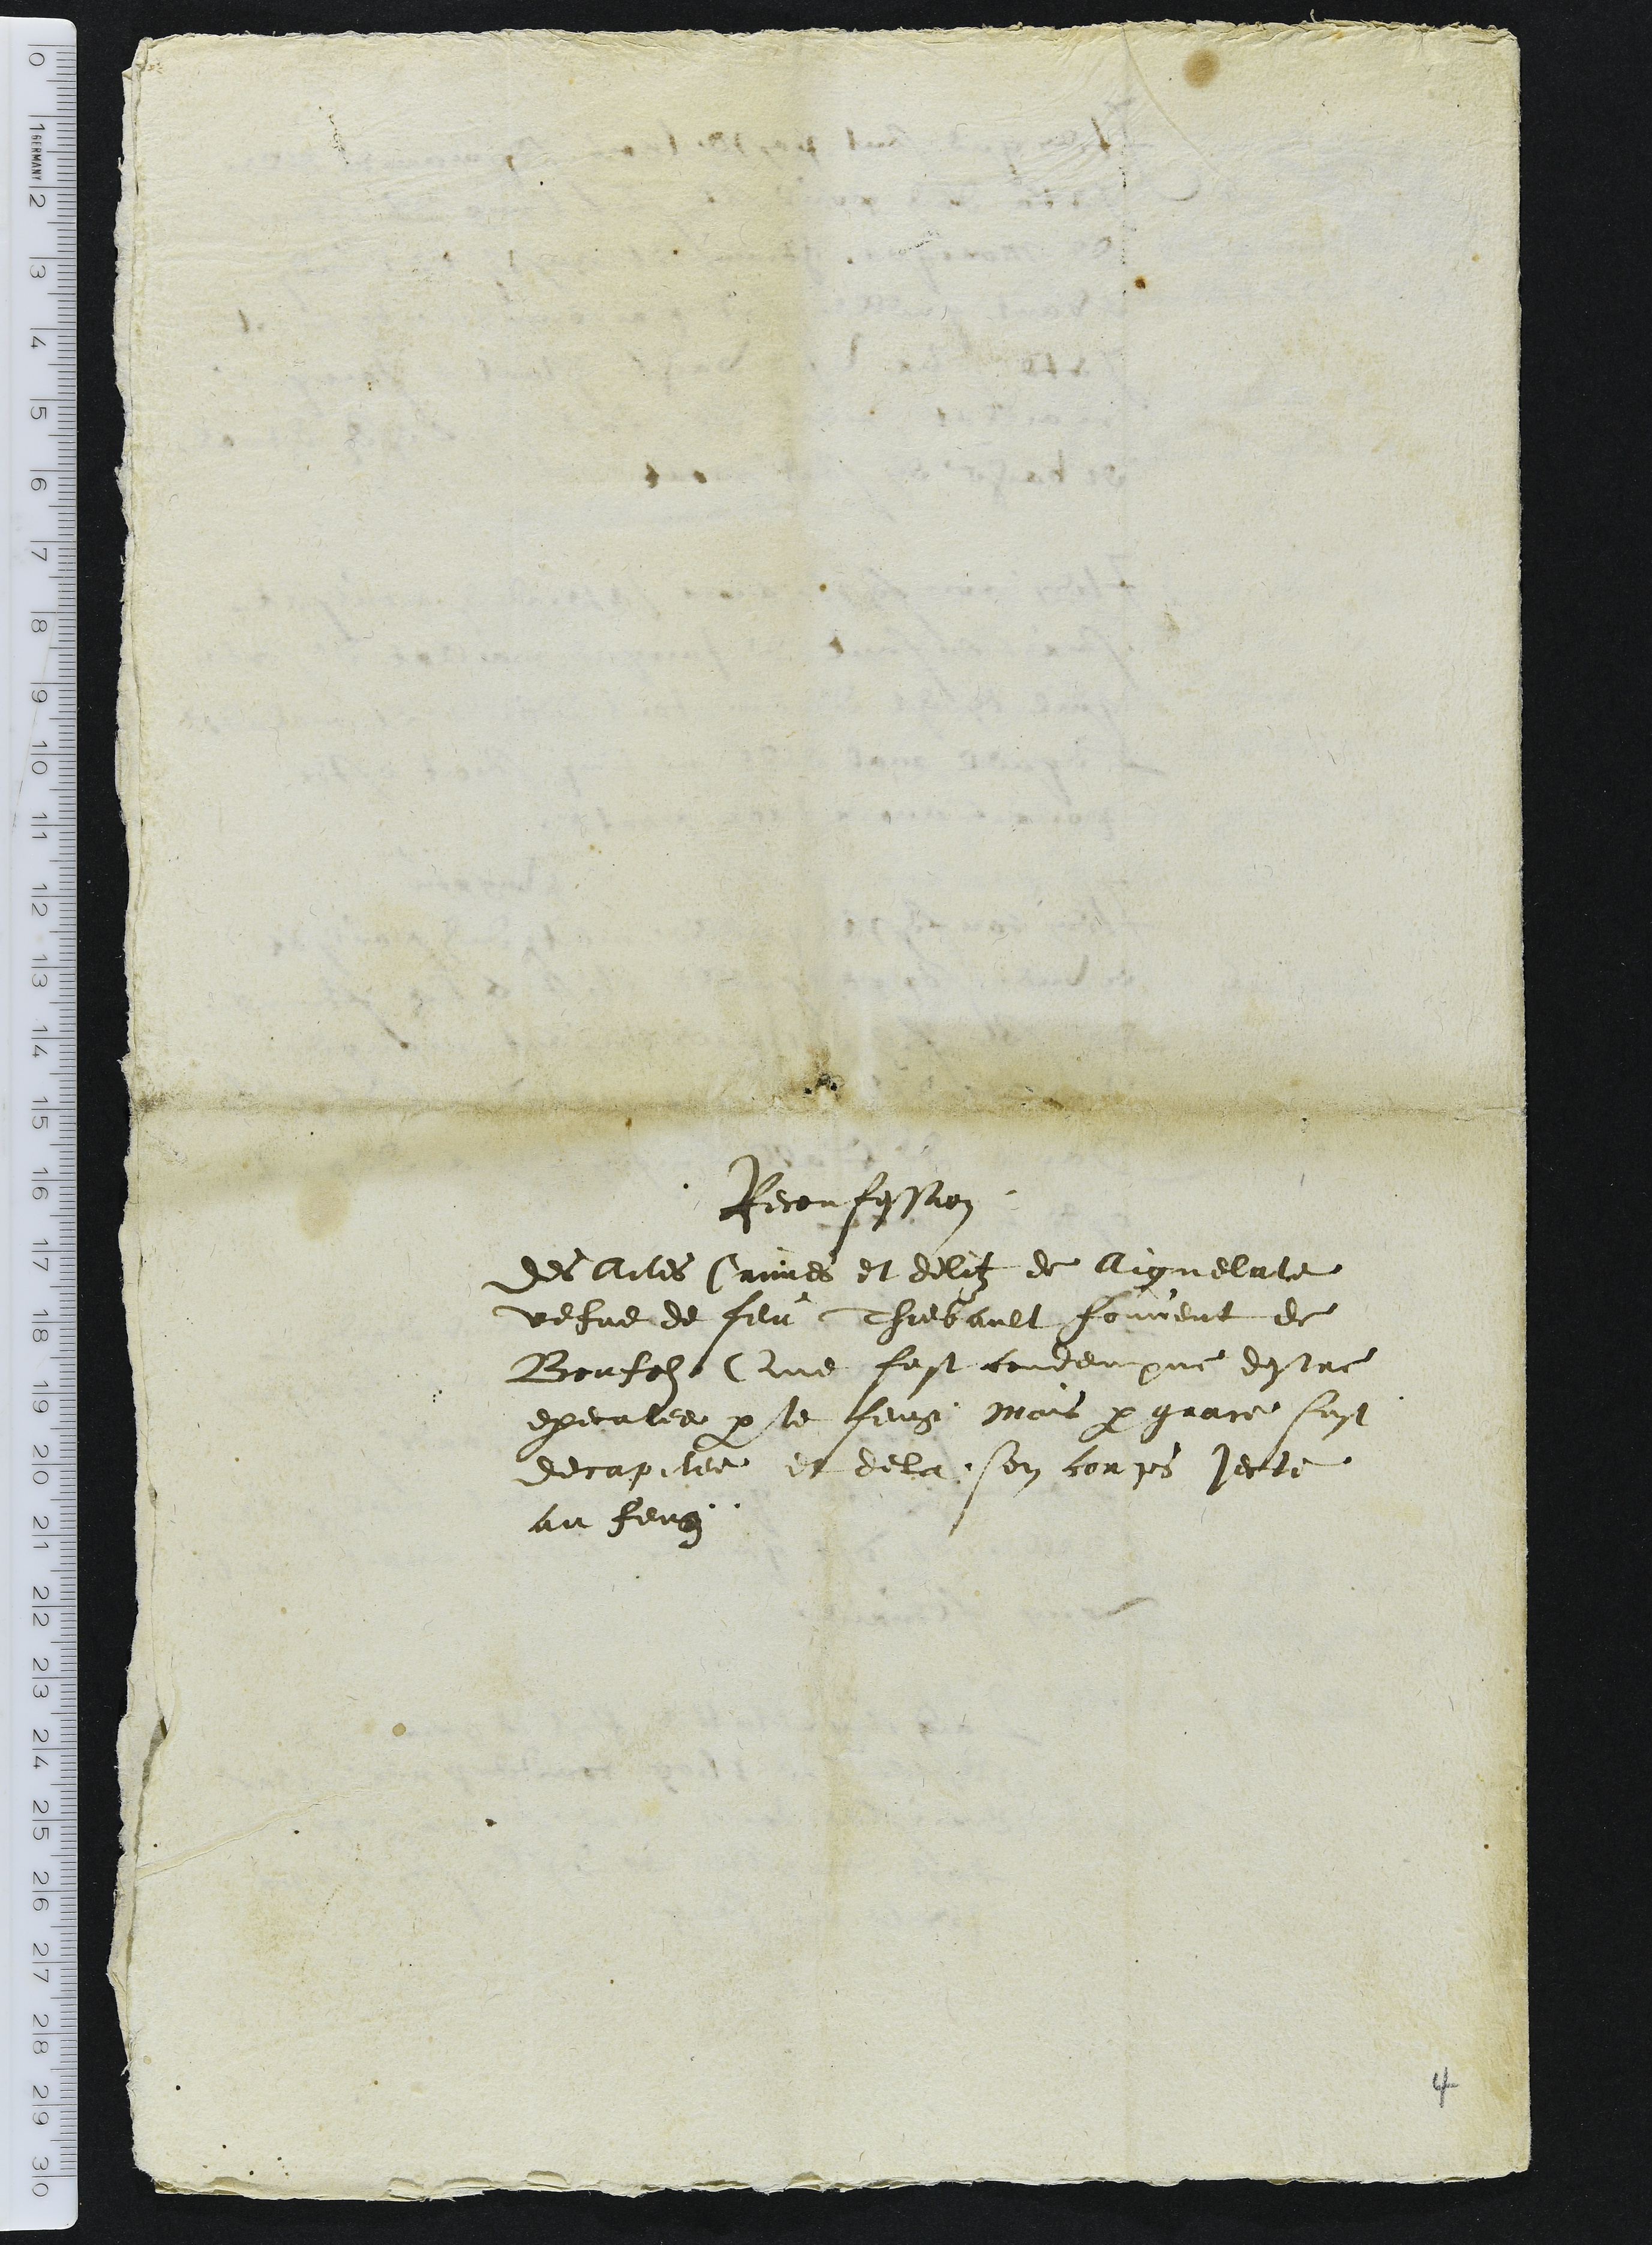
Reconfession
Des Actes Crimes et delitz de Aignelate
vefve de feu Thiebault fouvent de
Bonfols Que fust condempne destre
executee par le feug. Mais par grace fust
decapitee et dela son corps jecte
au feug